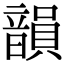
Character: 韻